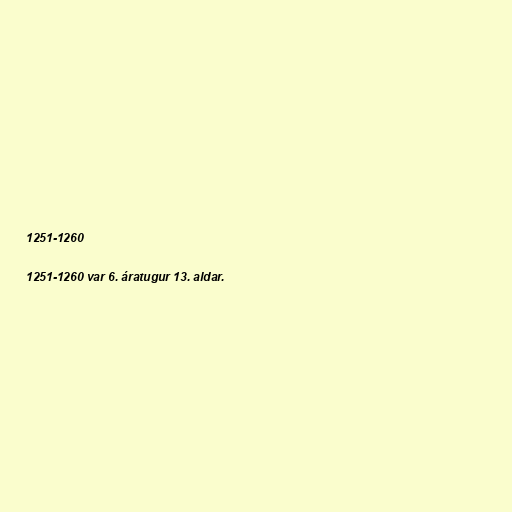
1251-1260

1251-1260 var 6. áratugur 13. aldar.